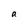
Character: a